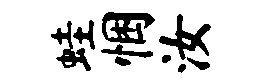
蛙悃汝